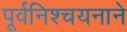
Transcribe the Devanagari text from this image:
पूर्वनिश्चयनाने